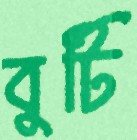
বুটি